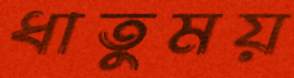
ধাতুময়